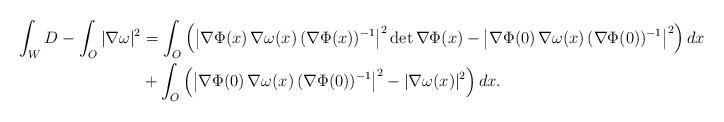
LaTeX: \begin{align*}\int_WD-\int_O|\nabla\omega|^2&=\int_{O}\left(\left|\nabla \Phi(x)\,\nabla\omega(x)\,(\nabla \Phi(x))^{-1}\right|^2\det\nabla\Phi(x)-\left| \nabla \Phi(0)\,\nabla\omega(x)\,(\nabla \Phi(0))^{-1}\right|^2\right)dx\\ &+\int_{O}\left(\left|\nabla \Phi(0)\,\nabla\omega(x)\,(\nabla \Phi(0))^{-1}\right|^2-|\nabla\omega(x)|^2\right)dx.\end{align*}